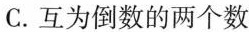
C.互为倒数的两个数